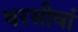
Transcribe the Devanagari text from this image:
धरसीवां